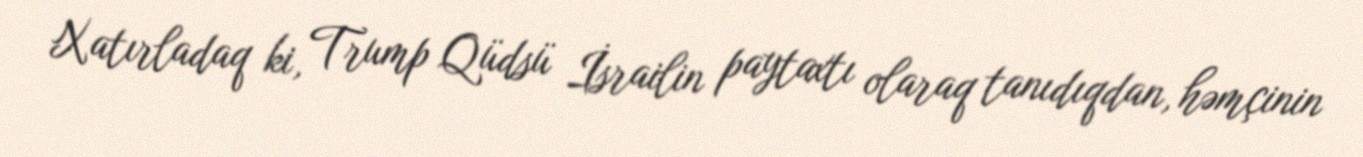
Xatırladaq ki, Trump Qüdsü İsrailin paytaxtı olaraq tanıdıqdan, həmçinin